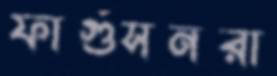
ফার্গুসনরা